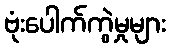
ဗုံးပေါက်ကွဲမှုများ